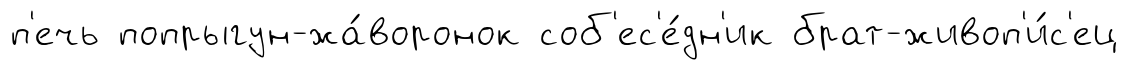
п'ечь попрыгун-жа́воронок соб'ес'е́дн'ик брат-живоп'и́с'ец